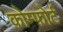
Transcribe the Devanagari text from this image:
कोम्फोर्ट